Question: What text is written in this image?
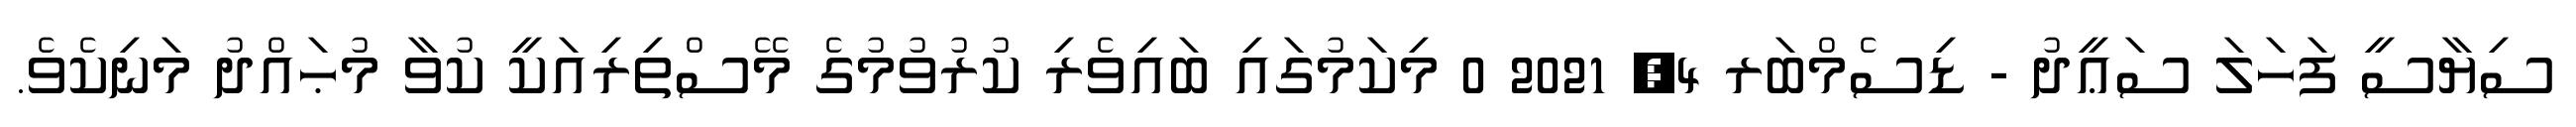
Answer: ސިޔާސީ ފަހަލަ ސަޢީދު - ޑިސެމްބަރ 4, 2021 0 މިކަމުގައި ބައިވެރި ކުރުވުމުގެ މޭސްތިރިއަކީ ކުވާ މުޙައްދު މަނިކެވެ.